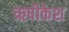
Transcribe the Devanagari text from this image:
ऋषीकेश